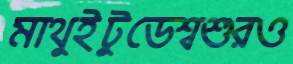
মাথুইটুডেশ্বশুরও